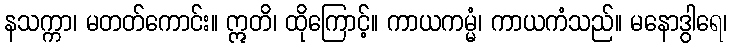
နသက္ကာ၊ မတတ်ကောင်း။ ဣတိ၊ ထိုကြောင့်။ ကာယကမ္မံ၊ ကာယကံသည်။ မနောဒွါရေ၊